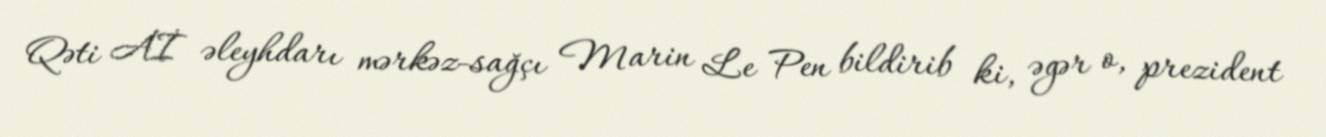
Qəti Aİ əleyhdarı mərkəz-sağçı Marin Le Pen bildirib ki, əgər o, prezident